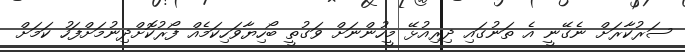
ސަރުކާރަށް ނެގޭނީ އެ ތަނުގައި ދިރިއުޅޭ މީހުންނަށް ވަގުތީ ބޯހިޔާވަހިކަމެއް ފޯރުކޮށްދިނުމަށްފަހު ކަމަށް